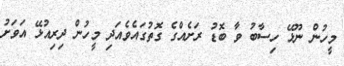
މީހުން ނޫޅޭ ހިސާބު ވާ ބޮޑު ރަށެއްގެ ގޮތުގައެވެއަދި މީހުން ދިރިއުޅޭ އަވަށު